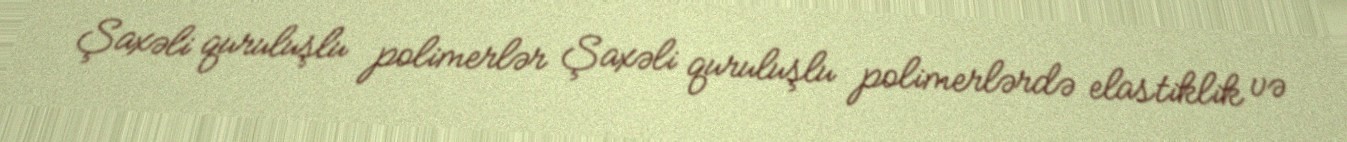
Şaxəli quruluşlu polimerlər Şaxəli quruluşlu polimerlərdə elastiklik və